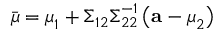
{ \bar { \boldsymbol { \mu } } } = { \boldsymbol { \mu } } _ { 1 } + { \boldsymbol { \Sigma } } _ { 1 2 } { \boldsymbol { \Sigma } } _ { 2 2 } ^ { - 1 } \left( \mathbf { a } - { \boldsymbol { \mu } } _ { 2 } \right)